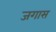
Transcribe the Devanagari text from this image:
जगास